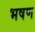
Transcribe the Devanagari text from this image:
भषण